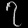
Digit: ၇